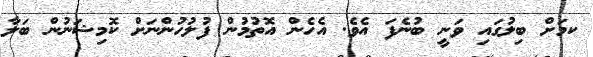
ކމަށް ބިލުގައި ވަނީ ބުނެފަ އެވެ. އެހެން އޮތުމުން ފުލުހުންނަށް ކޮމިޝަނުން ބަލާ